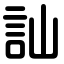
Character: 訕